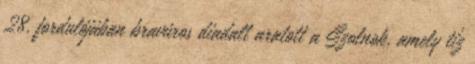
28. fordulójában bravúros diadalt aratott a Szolnok, amely tíz